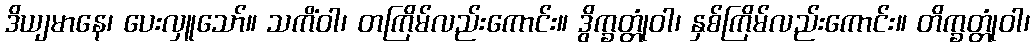
ဒိယျမာနေ၊ ပေးလှူသော်။ သကိံဝါ၊ တကြိမ်လည်းကောင်း။ ဒွိက္ခတ္တုံဝါ၊ နှစ်ကြိမ်လည်းကောင်း။ တိက္ခတ္တုံဝါ၊